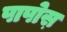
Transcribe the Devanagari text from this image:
पापोस़